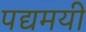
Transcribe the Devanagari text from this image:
पद्यमयी